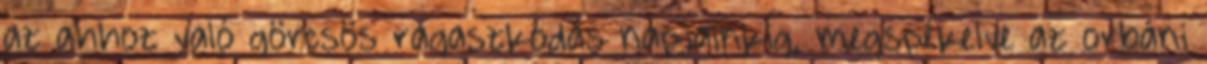
az ahhoz való görcsös ragaszkodás napjainkig, megspékelve az orbáni